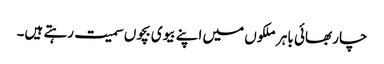
چار بھائی باہر ملکوں میں اپنے بیوی بچوں سمیت رہتے ہیں۔